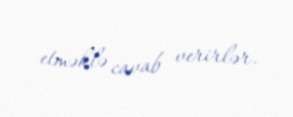
etməklə cavab verirlər.